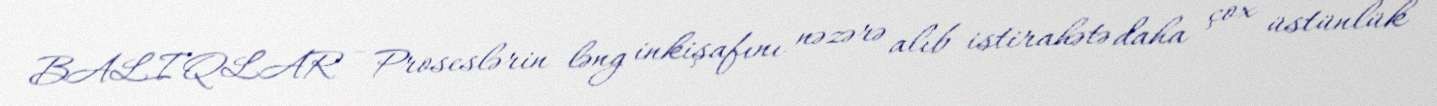
BALIQLAR - Proseslərin ləng inkişafını nəzərə alıb istirahətə daha çox üstünlük